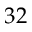
3 2